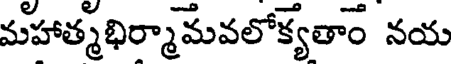
మహాత్మభిర్మామవలోక్యతాం నయ